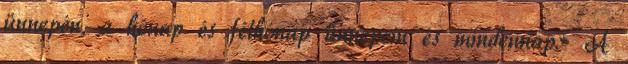
ünnepén, a hónap és félhónap ünnepein és mindennap.» A